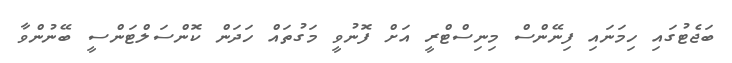
ބަޖެޓުގައި ހިމަނައި ފިނޭންސް މިނިސްޓްރީ އަށް ފޮނުވީ މަގުތައް ހަދަން ކޮންސަލްޓަންސީ ބޭނުންވާ